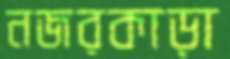
নজরকাড়া